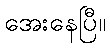
အေးနေပြီ။